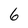
Character: 6